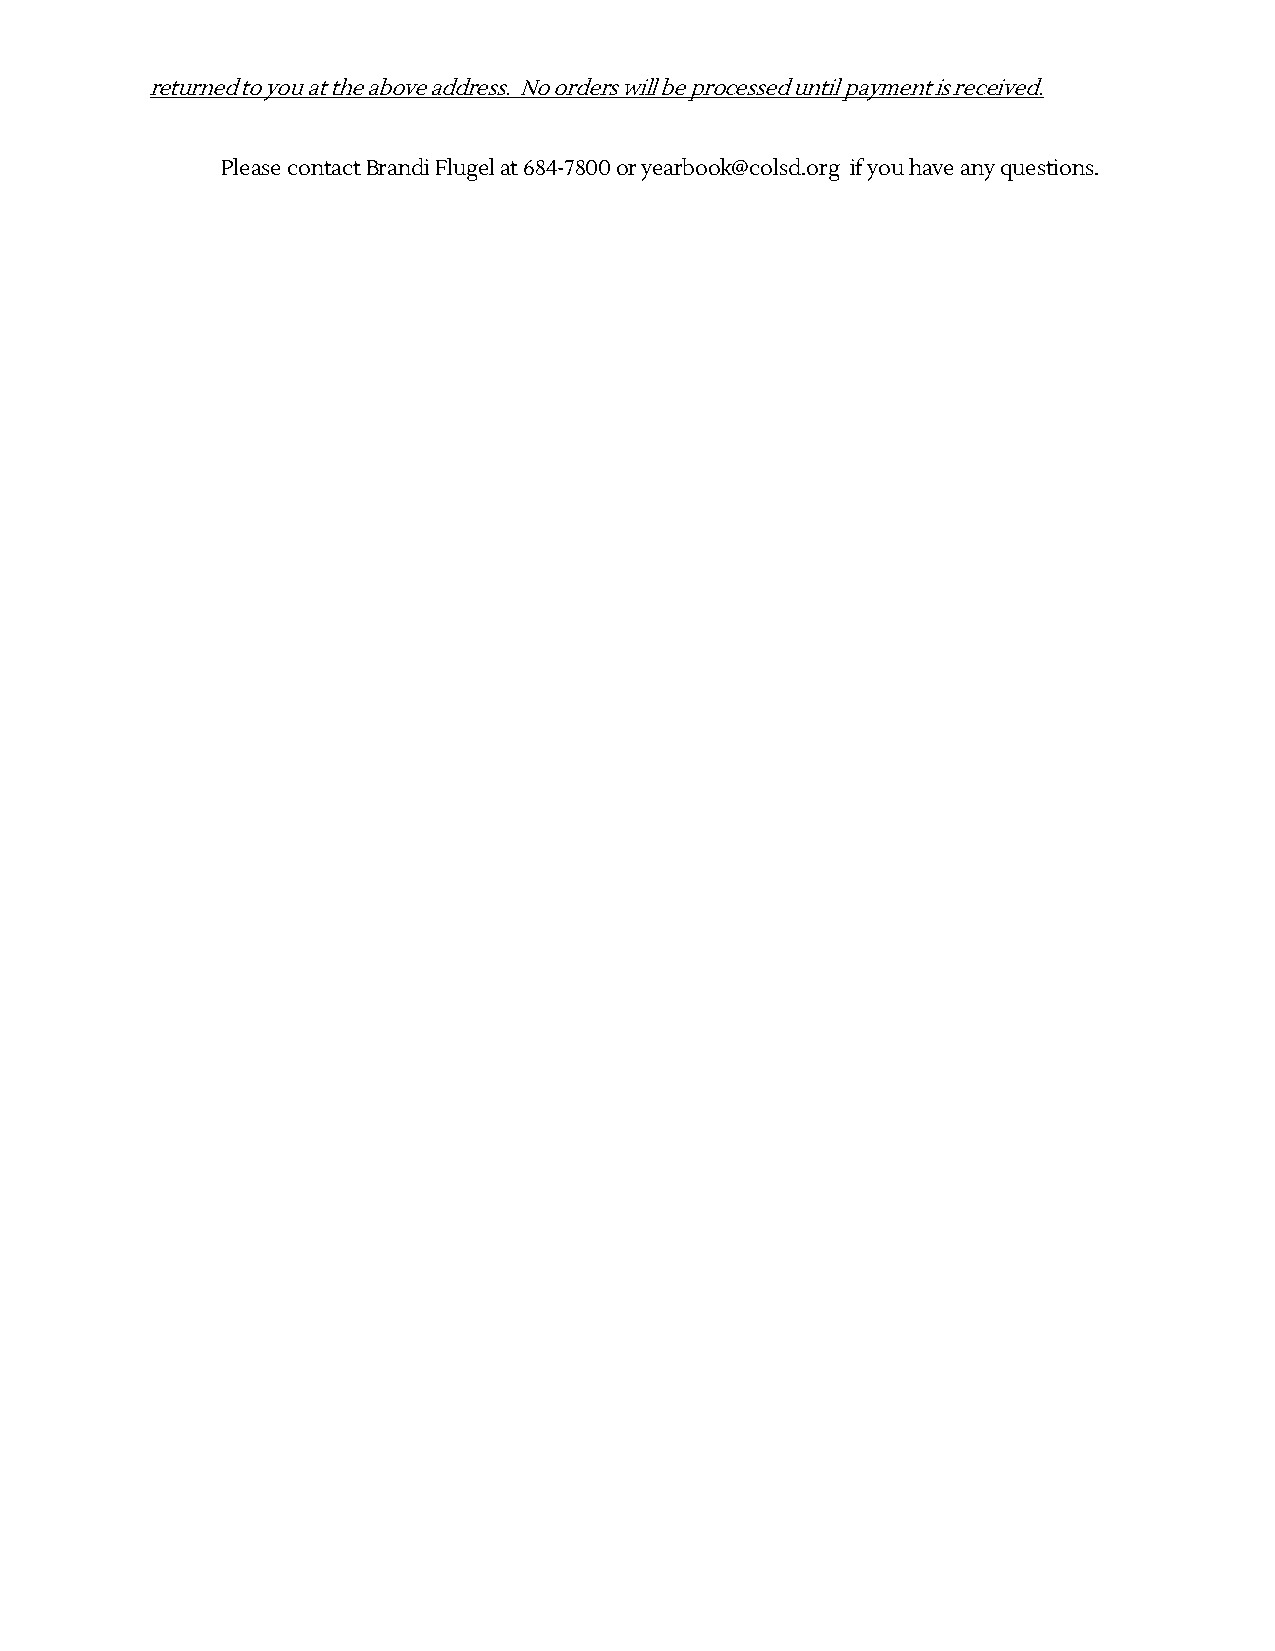
returned to you at the above address. No orders will be processed until payment is received.
 Please contact Brandi Flugel at 684-7800 or yearbook@colsd.org if you have any questions.